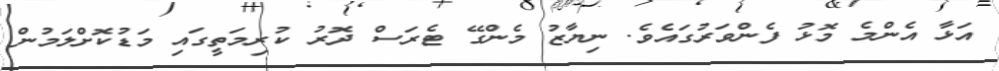
އަޅާ އެންމެ މޮޅު ފެންވަރުގައެވެ. ނިޔާޒު މެންގޭ ޓެރަސް ދޮރު ކުރިމަތީގައި މަޑުކޮށްލަމުން